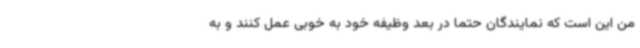
من این است که نمایندگان حتما در بعد وظیفه خود به خوبی عمل کنند و به